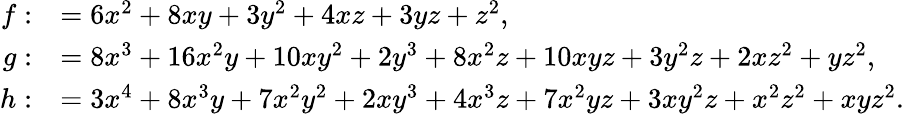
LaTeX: \begin{array}{rl}{f:}&{=6x^{2}+8xy+3y^{2}+4xz+3yz+z^{2},}\\ {g:}&{=8x^{3}+16x^{2}y+10xy^{2}+2y^{3}+8x^{2}z+10xyz+3y^{2}z+2xz^{2}+yz^{2},}\\ {h:}&{=3x^{4}+8x^{3}y+7x^{2}y^{2}+2xy^{3}+4x^{3}z+7x^{2}yz+3xy^{2}z+x^{2}z^{2}+xyz^{2}.}\end{array}